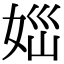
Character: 𡜪